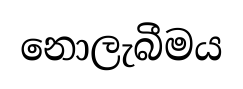
නොලැබීමය